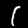
Label: 1